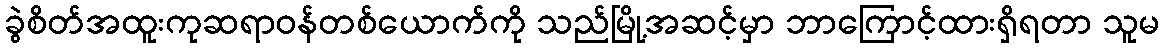
ခွဲစိတ်အထူးကုဆရာဝန်တစ်ယောက်ကို သည်မြို့အဆင့်မှာ ဘာကြောင့်ထားရှိရတာ သူမ